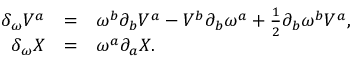
\begin{array} { r c l } { { \delta _ { \omega } V ^ { a } } } & { { = } } & { { \omega ^ { b } \partial _ { b } V ^ { a } - V ^ { b } \partial _ { b } \omega ^ { a } + { \textstyle { \frac { 1 } { 2 } } } \partial _ { b } \omega ^ { b } V ^ { a } , } } \\ { { \delta _ { \omega } X } } & { { = } } & { { \omega ^ { a } \partial _ { a } X . } } \end{array}